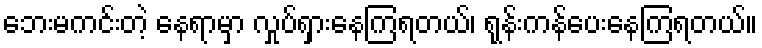
ဘေးမကင်းတဲ့ နေရာမှာ လှုပ်ရှားနေကြရတယ်၊ ရုန်းကန်ပေးနေကြရတယ်။